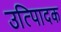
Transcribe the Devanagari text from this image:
उत्पािदक